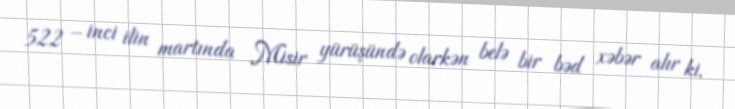
522 – inci ilin martında Misir yürüşündə olarkən belə bir bəd xəbər alır ki,